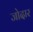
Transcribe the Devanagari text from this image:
जोदार